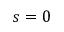
s = 0